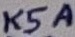
Text: K5A